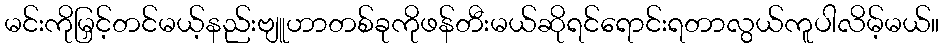
မင်းကိုမြှင့်တင်မယ့်နည်းဗျူဟာတစ်ခုကိုဖန်တီးမယ်ဆိုရင်ရောင်းရတာလွယ်ကူပါလိမ့်မယ်။